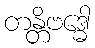
တန္တိဗဒ္ဓေါ